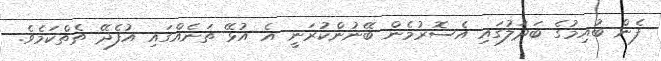
ފެން ބުއިމުގެ ބަދަލުގައި އެސޮރުމެން ބޭނުންކުރަނީ އެ އުޅޭ ތަނެއްގައި އުފެދޭ ތެތްކަމެވެ.